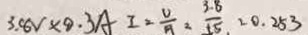
3 . 8 V \times 9 . 3 A I = \frac { U } { A } = \frac { 3 . 8 } { 1 5 } = 0 . 2 5 3